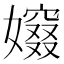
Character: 𡢷